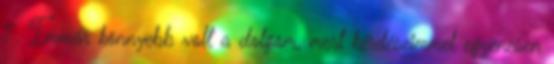
7. Immár könnyebb volt a dolgom, mert kérdéseimmel egyenesen